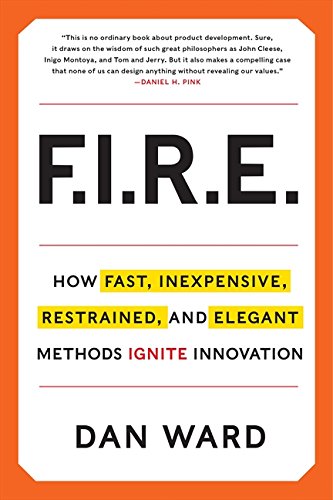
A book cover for FIRE: How Fast, Inexpensive, Restrained, and Elegant Methods Ignite Innovation; Dan Ward; Arts & Photography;